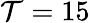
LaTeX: \mathcal{T}=15